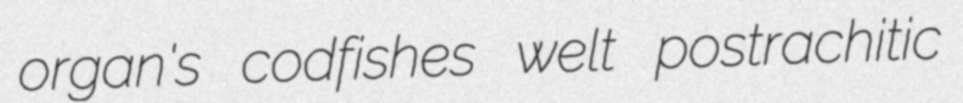
organ's codfishes welt postrachitic